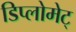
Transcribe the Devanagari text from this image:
डिप्लोमेट्